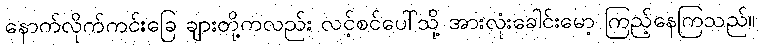
နောက်လိုက်ကင်းခြေ ချားတို့ကလည်း လင့်စင်ပေါ်သို့ အားလုံးခေါင်းမော့ ကြည့်နေကြသည်။